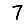
Digit: 7